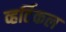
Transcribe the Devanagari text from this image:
व्हर्टिकल